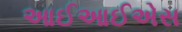
આઈઆઈએસ